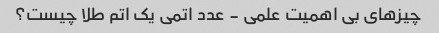
چیزهای بی اهمیت علمی - عدد اتمی یک اتم طلا چیست؟